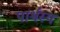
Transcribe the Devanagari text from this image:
पार्श्वस्य